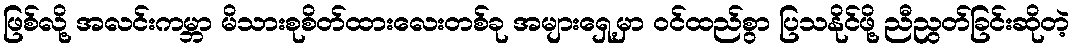
ဖြစ်လို့ အလင်းကမ္ဘာ မိသားစုစိတ်ထားလေးတစ်ခု အများရှေ့မှာ ဝင်ထည်စွာ ပြသနိုင်ဖို့ ညီညွတ်ခြင်းဆိုတဲ့